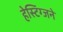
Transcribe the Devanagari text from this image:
हेस्टिंग्जने